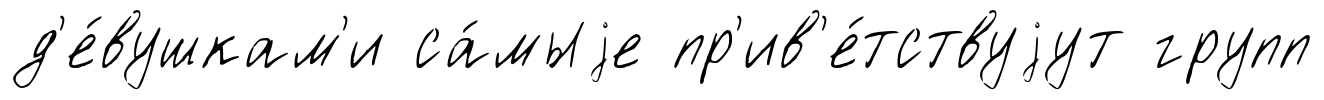
д'е́вушкам'и са́мыjе пр'ив'е́тствуjут групп